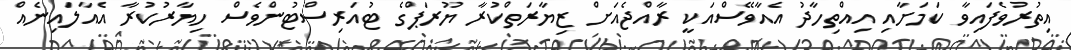
އިތުރުވެފައިވާ ކަމަށާއި އިއްތިހާދު އެއާވޭސްއަކީ ރާއްޖެއަށް ޒިޔާރަތްކުރާ ޔޫރަޕްގެ ޓުއަރިސްޓުންވެސް ހިޔާރުކުރާ އެއާލައިނެއް